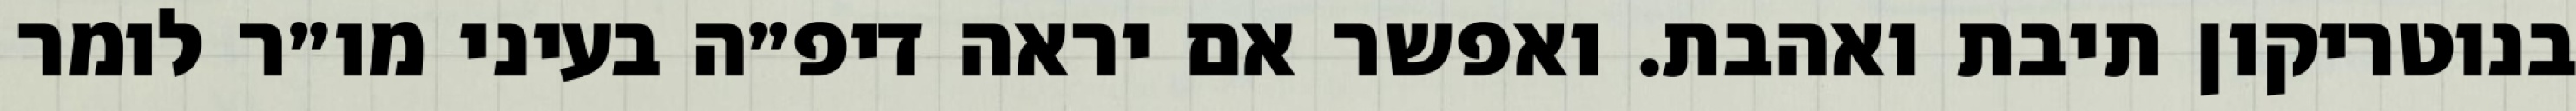
בנוטריקון תיבת ואהבת. ואפשר אם יראה דיפ״ה בעיני מו״ר לומר